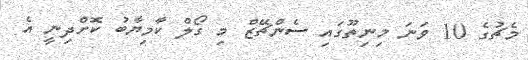
މެޗުގެ 10 ވަނަ މިނިތޫގައި ސެންޗޭޒް މި ގޯލް ކާމިޔާބު ކޮށްދިނީ އެ